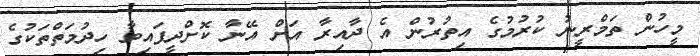
މީހުން ތަމްރީނު ކުރުމުގެ އިތުރުން އެ ދާއިރާ އަށް އޭނާ ކޮށްދީފައިވާ ހިދުމަތްތަކުގެ